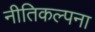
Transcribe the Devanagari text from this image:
नीतिकल्पना